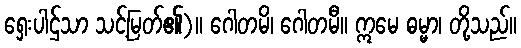
ရှေးပါဌ်သာ သင့်မြတ်၏)။ ဂေါတမိ၊ ဂေါတမီ။ ဣမေ ဓမ္မာ၊ တို့သည်။